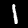
Digit: 1